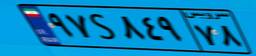
۲۹S۵۵۹۱۷